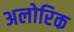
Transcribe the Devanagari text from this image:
अलोरिक